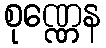
စုဏ္ဏေန